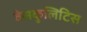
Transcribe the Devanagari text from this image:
वेसकुलिटिस